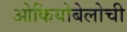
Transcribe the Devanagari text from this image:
ओकियोबेलोची